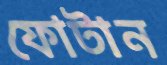
ফোটান